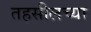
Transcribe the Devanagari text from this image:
तहसीलच्या